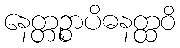
နေတ္တဉ္စာပိဓနတ္ထဝိ